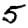
Digit: 5